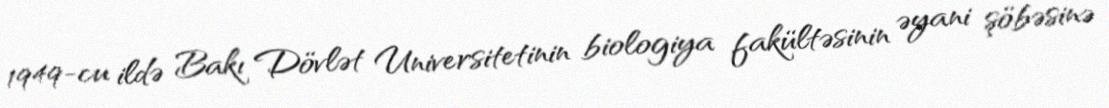
1949-cu ildə Bakı Dövlət Universitetinin biologiya fakültəsinin əyani şöbəsinə